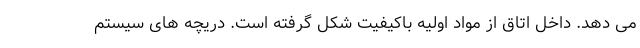
می دهد. داخل اتاق از مواد اولیه باکیفیت شکل گرفته است. دریچه های سیستم